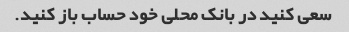
سعی کنید در بانک محلی خود حساب باز کنید.